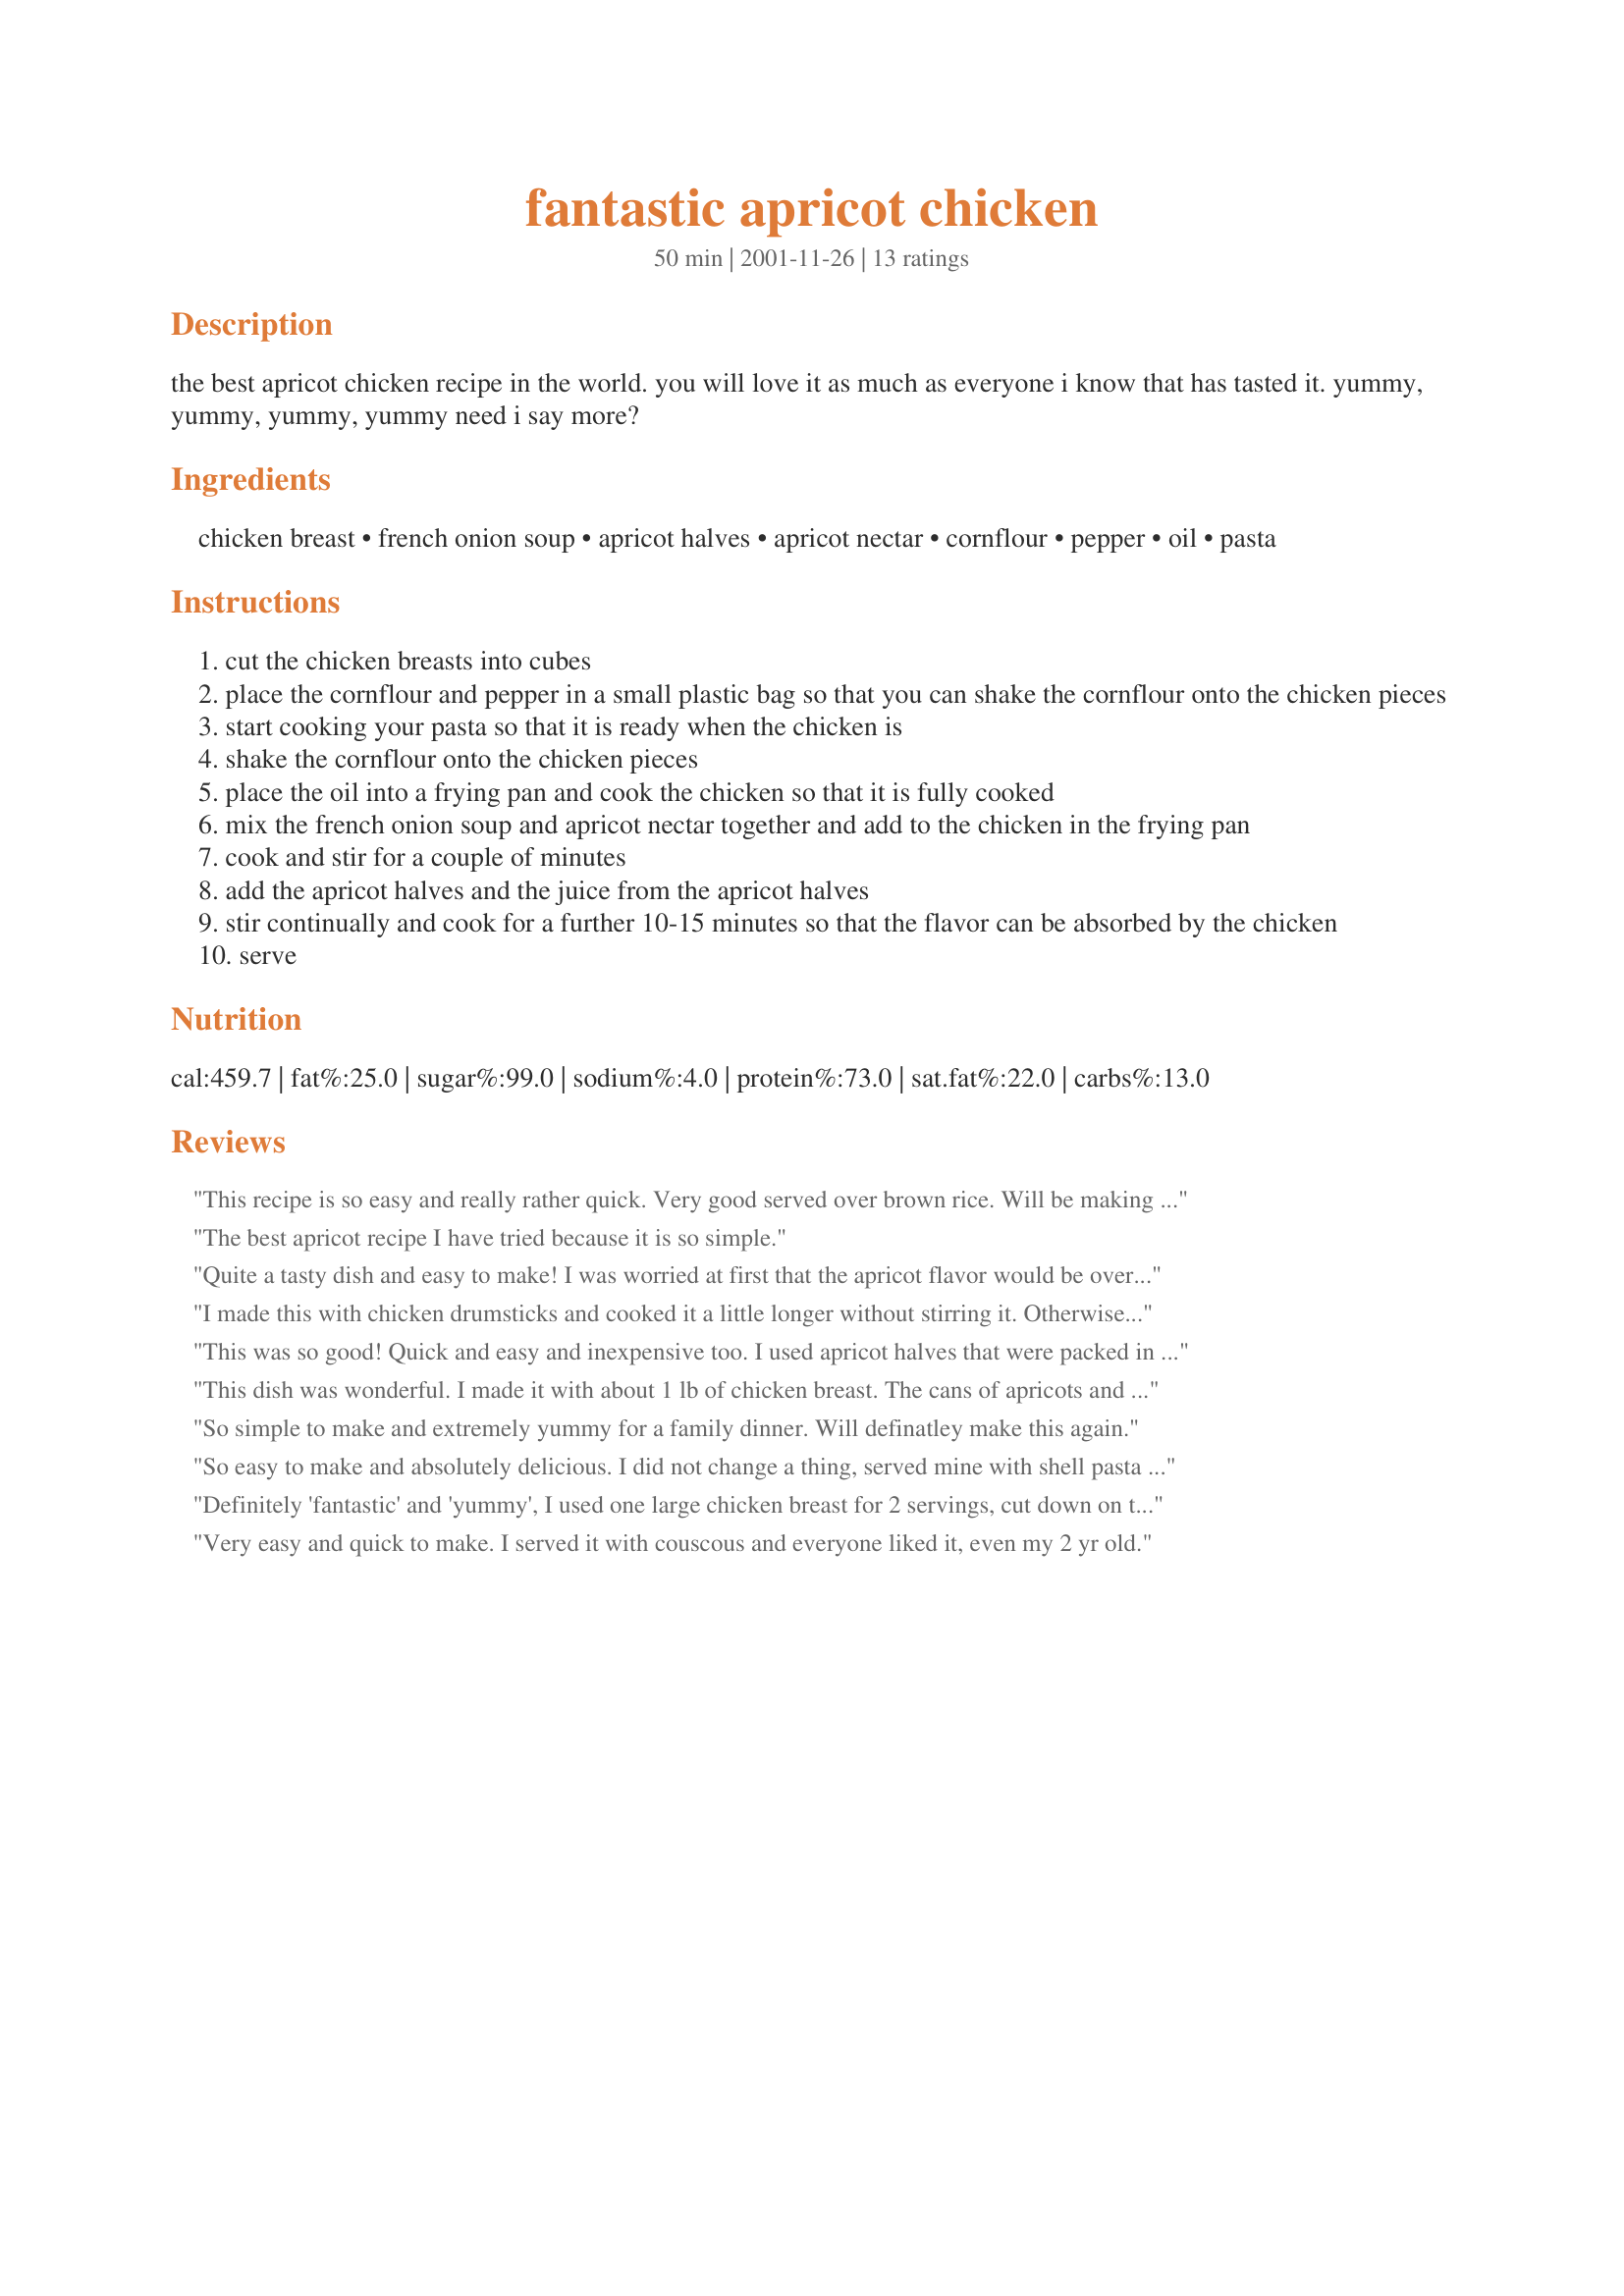
fantastic apricot chicken
Preparation time: 50 minutes

the best apricot chicken recipe in the world. you will love it as much as everyone i know that has tasted it. yummy, yummy, yummy, yummy need i say more?

Ingredients:
chicken breast, french onion soup, apricot halves, apricot nectar, cornflour, pepper, oil, pasta

Steps:
cut the chicken breasts into cubes
place the cornflour and pepper in a small plastic bag so that you can shake the cornflour onto the chicken pieces
start cooking your pasta so that it is ready when the chicken is
shake the cornflour onto the chicken pieces
place the oil into a frying pan and cook the chicken so that it is fully cooked
mix the french onion soup and apricot nectar together and add to the chicken in the frying pan
cook and stir for a couple of minutes
add the apricot halves and the juice from the apricot halves
stir continually and cook for a further 10-15 minutes so that the flavor can be absorbed by the chicken
serve

Reviews:
This recipe is so easy and really rather quick. Very good served over brown rice. Will be making this one again.
The best apricot recipe I have tried because it is so simple.
Quite a tasty dish and easy to make! I was worried at first that the apricot flavor would be overpowering, but it was good to the last bite :)
I made this with chicken drumsticks and cooked it a little longer without stirring it. Otherwise I didn't change anything.. We really enjoyed this and quite enough left to freeze which was eaten a few days ago and husband said.... mmmm,, We will have that one again... I served it with homemade fried rice. I already have chicken waiting to be cooked this way again.. A winner
This was so good! Quick and easy and inexpensive too. I used apricot halves that were packed in water. I will make this again and again. I served over rice.
This dish was wonderful. I made it with about 1 lb of chicken breast. The cans of apricots and nectar available were a little smaller, which was fine. I only needed about 1/2 C cornflour. Instead of pasta, I served it with brown rice. The dish went very well with the nuttiness of the rice. Thanks for posting this. It will become one of my staples!
So simple to make and extremely yummy for a family dinner. Will definatley make this again.
So easy to make and absolutely delicious. I did not change a thing, served mine with shell pasta and it was truly fantastic. I like the fruity flavor and the color of the sauce. Thank you for sharing your recipe.
Definitely 'fantastic' and 'yummy', I used one large chicken breast for 2 servings, cut down on the cornflour, and only had the apricots and not the nectar. Just added a little water instead, and was still a 5* recipe. Also had it with rice instead of pasta. Thanks for posting =)
Very easy and quick to make. I served it with couscous and everyone liked it, even my 2 yr old.
This was fantastic! Served it with pasta and a green salad and the whole family loved it!
I was expecting this to be great and it was just OK. 
I found it a bit too sweet (not enough balance between sweet and main dish) and it tasted like it was missing something. 
I did add fresh basil to this dish and it did add some balance to the flavor but still was too sweet. 
I probably won't make this again.
I used the rice and pasta and had a bit of both with it. They were just about the same on the nice scale. One of my favourite recipes.
